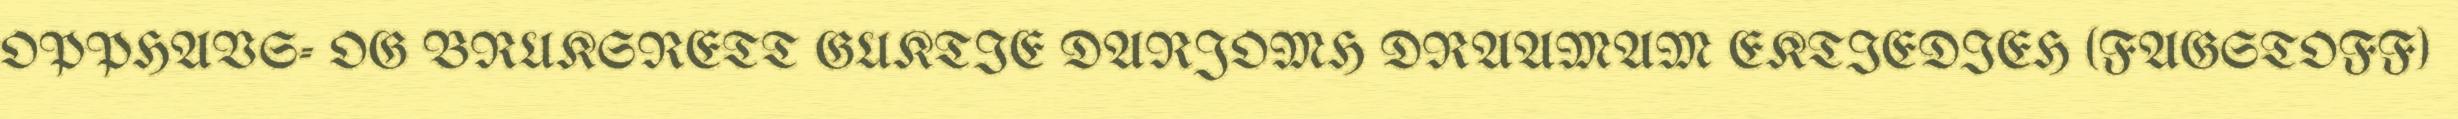
OPPHAVS- OG BRUKSRETT GUKTIE DARJOMH DRAAMAM EKTIEDIEH (FAGSTOFF)